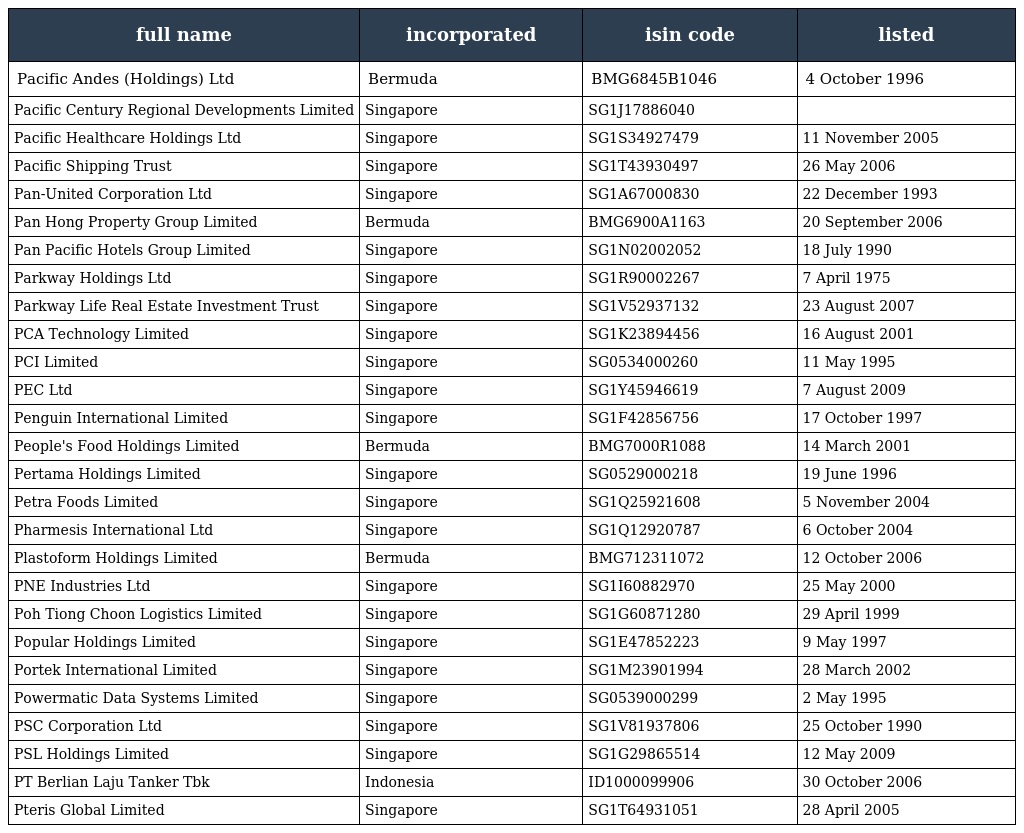
| full name | incorporated | isin code | listed |
 | --- | --- | --- | --- |
 | Pacific Andes (Holdings) Ltd | Bermuda | BMG6845B1046 | 4 October 1996 |
 | Pacific Century Regional Developments Limited | Singapore | SG1J17886040 |  |
 | Pacific Healthcare Holdings Ltd | Singapore | SG1S34927479 | 11 November 2005 |
 | Pacific Shipping Trust | Singapore | SG1T43930497 | 26 May 2006 |
 | Pan-United Corporation Ltd | Singapore | SG1A67000830 | 22 December 1993 |
 | Pan Hong Property Group Limited | Bermuda | BMG6900A1163 | 20 September 2006 |
 | Pan Pacific Hotels Group Limited | Singapore | SG1N02002052 | 18 July 1990 |
 | Parkway Holdings Ltd | Singapore | SG1R90002267 | 7 April 1975 |
 | Parkway Life Real Estate Investment Trust | Singapore | SG1V52937132 | 23 August 2007 |
 | PCA Technology Limited | Singapore | SG1K23894456 | 16 August 2001 |
 | PCI Limited | Singapore | SG0534000260 | 11 May 1995 |
 | PEC Ltd | Singapore | SG1Y45946619 | 7 August 2009 |
 | Penguin International Limited | Singapore | SG1F42856756 | 17 October 1997 |
 | People's Food Holdings Limited | Bermuda | BMG7000R1088 | 14 March 2001 |
 | Pertama Holdings Limited | Singapore | SG0529000218 | 19 June 1996 |
 | Petra Foods Limited | Singapore | SG1Q25921608 | 5 November 2004 |
 | Pharmesis International Ltd | Singapore | SG1Q12920787 | 6 October 2004 |
 | Plastoform Holdings Limited | Bermuda | BMG712311072 | 12 October 2006 |
 | PNE Industries Ltd | Singapore | SG1I60882970 | 25 May 2000 |
 | Poh Tiong Choon Logistics Limited | Singapore | SG1G60871280 | 29 April 1999 |
 | Popular Holdings Limited | Singapore | SG1E47852223 | 9 May 1997 |
 | Portek International Limited | Singapore | SG1M23901994 | 28 March 2002 |
 | Powermatic Data Systems Limited | Singapore | SG0539000299 | 2 May 1995 |
 | PSC Corporation Ltd | Singapore | SG1V81937806 | 25 October 1990 |
 | PSL Holdings Limited | Singapore | SG1G29865514 | 12 May 2009 |
 | PT Berlian Laju Tanker Tbk | Indonesia | ID1000099906 | 30 October 2006 |
 | Pteris Global Limited | Singapore | SG1T64931051 | 28 April 2005 |